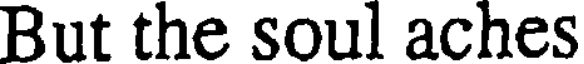
But the soul aches